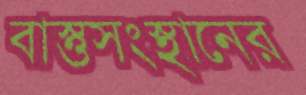
বাস্তুসংস্থানের